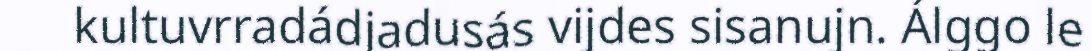
kultuvrradádjadusás vijdes sisanujn. Álggo le